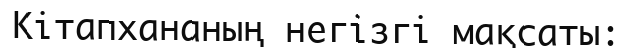
Кітапхананың негізгі мақсаты: